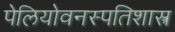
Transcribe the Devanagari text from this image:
पेलियोवनस्पतिशास्त्र